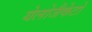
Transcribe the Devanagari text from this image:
येलोजैकेटों